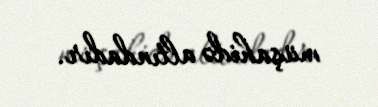
müşahidə altındadır.